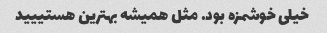
خیلی خوشمزه بود. مثل همیشه بهترین هستییید